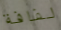
لفافة